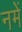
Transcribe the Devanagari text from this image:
नमें